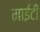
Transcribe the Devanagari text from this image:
माईटी